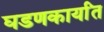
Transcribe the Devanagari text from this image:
घडणकार्यांत